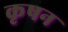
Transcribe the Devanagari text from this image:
कृषन